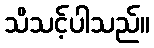
သိသင့်ပါသည်။